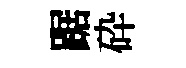
踞砕